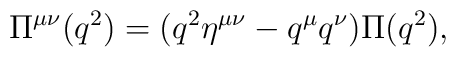
\Pi^{\mu\nu}(q^2) = (q^2\eta^{\mu\nu} - q^\mu q^\nu) \Pi(q^2),